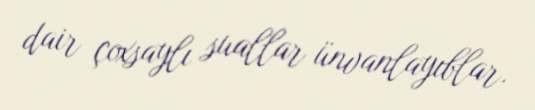
dair çoxsaylı suallar ünvanlayıblar.